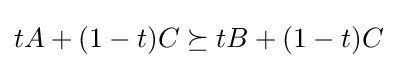
tA+(1-t)C\succeq tB+(1-t)C